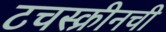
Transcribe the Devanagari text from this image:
टचस्क्रीनची